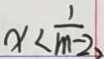
x < \frac { 1 } { m - 2 }